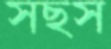
সছস